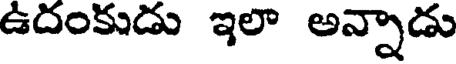
ఉదంకుడు ఇలా అన్నాడు